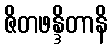
ဇိတဖန္ဒိတာနိ